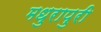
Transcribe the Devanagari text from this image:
मधुरापुरी